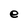
Character: e